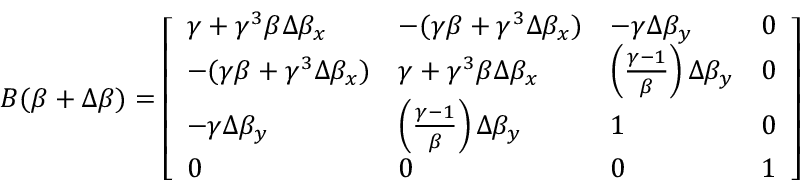
B ( { \boldsymbol { \beta } } + \Delta { \boldsymbol { \beta } } ) = { \left[ \begin{array} { l l l l } { \gamma + \gamma ^ { 3 } \beta \Delta \beta _ { x } } & { - ( \gamma \beta + \gamma ^ { 3 } \Delta \beta _ { x } ) } & { - \gamma \Delta \beta _ { y } } & { 0 } \\ { - ( \gamma \beta + \gamma ^ { 3 } \Delta \beta _ { x } ) } & { \gamma + \gamma ^ { 3 } \beta \Delta \beta _ { x } } & { \left( { \frac { \gamma - 1 } { \beta } } \right) \Delta \beta _ { y } } & { 0 } \\ { - \gamma \Delta \beta _ { y } } & { \left( { \frac { \gamma - 1 } { \beta } } \right) \Delta \beta _ { y } } & { 1 } & { 0 } \\ { 0 } & { 0 } & { 0 } & { 1 } \end{array} \right] }